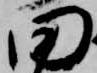
田